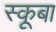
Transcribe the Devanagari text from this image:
स्‍कूबा